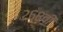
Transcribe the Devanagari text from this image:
२६८वी